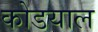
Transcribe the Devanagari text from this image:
कोडयाल